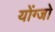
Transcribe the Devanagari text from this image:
योंग्जो